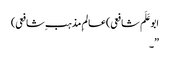
ابوعَلَم شافعی)عالمِ مذہب ِشافعی)
”۔